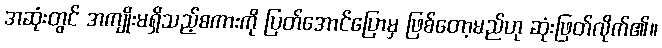
အဆုံးတွင် အကျိုးမရှိသည့်စကားကို ပြတ်အောင်ပြောမှ ဖြစ်တော့မည်ဟု ဆုံးဖြတ်လိုက်၏။